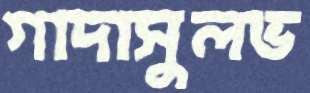
গাদাসুলভ